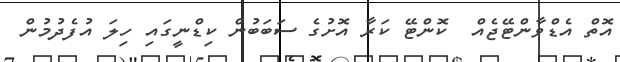
އޮތް އެޑްވާންޓޭޖެއް  ކޮންޓޭ ކަރާ އޮށުގެ ސަބަބުން ކިޑްނީގައި ހިލަ އުފެދުމުން